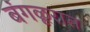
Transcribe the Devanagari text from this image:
बंगळूरात